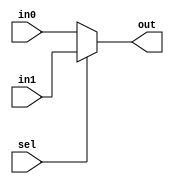
module muxfile (sel, in0, in1, out);
input in0;
input in1;
input sel;
output out;
wire out;
assign out = sel?in1:in0;
endmodule